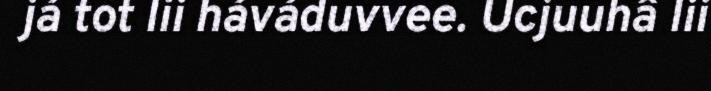
já tot lii háváduvvee. Ucjuuhâ lii